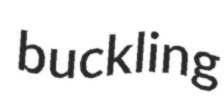
buckling